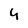
Character: 4